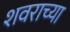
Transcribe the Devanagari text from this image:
शवराच्या